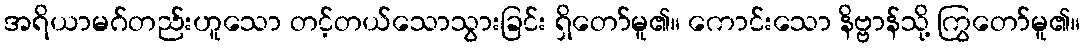
အရိယာမဂ်တည်းဟူသော တင့်တယ်သောသွားခြင်း ရှိတော်မူ၏။ ကောင်းသော နိဗ္ဗာန်သို့ ကြွတော်မူ၏။